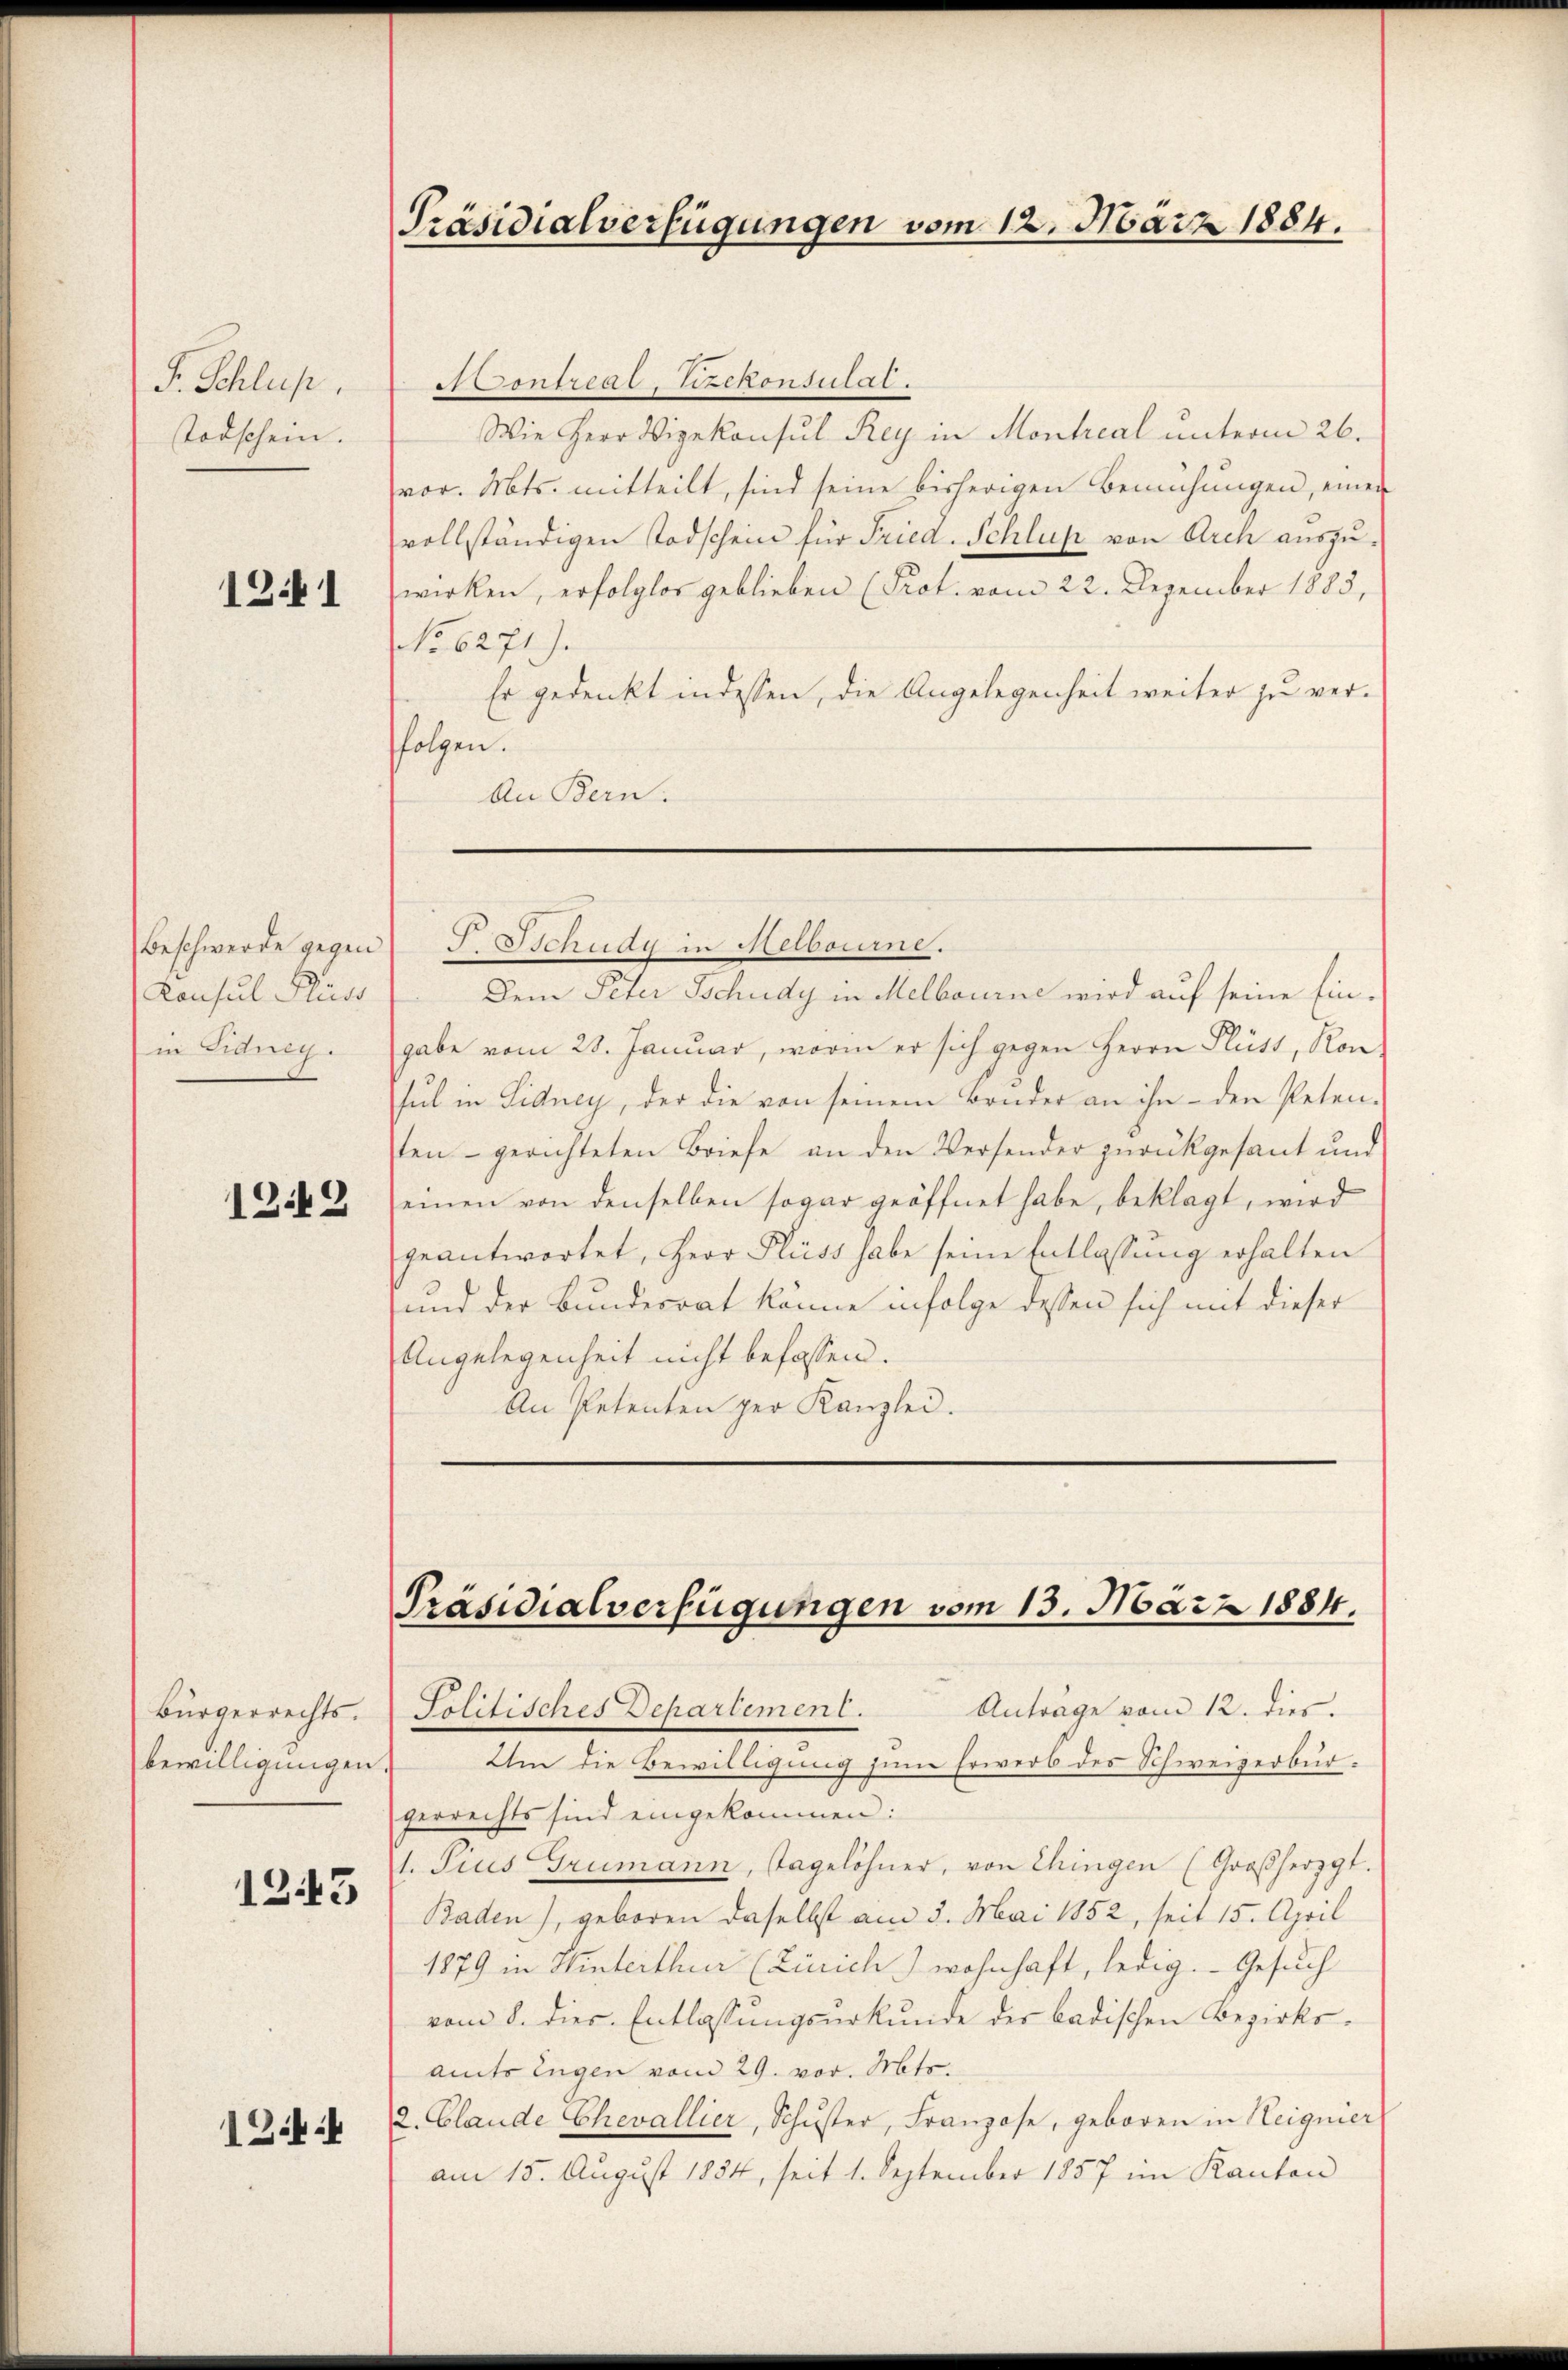
F. Schluß.
Todschein.

1341

Konsul Flüss
in Eidneg.

1249

Bürgerrechts.
bewilligungen

1243

1344

Präsidialverfügungen vom 12. März 1884.

Scontreae, Vizekonsulat
Wie Herr Vizekonsul Rey in Montreal unterm 26.
vor. Mts. mitteilt, sind seine bisherigen Bemühungen, einen
vollständigen Todschein für Fried. Schluß von Arch auszuwirken, erfolglos geblieben (Prot. vom 22. Dezember 1883,
No. 6271).
Er gedenkt indessen, die Angelegenheit weiter zu verfolgen.
An Bern.

Dem Peter Tschudy in Melbourne wird auf seine Eingabe vom 28. Januar, worin er sich gegen Herrn Fluss, Kon-
sul in Sidney, der die von seinem Bonder an ihn - den Peten-
sten - gerichteten Briefe an den Versender zurückgesant und
einen von denselben sogar geöffnet habe, beklagt, wird
geantwortet, Herr Fluss habe seine Entlassung erhalten
und der Bundesrat könne infolge dessen sich mit dieser
Angelegenheit nicht befassen.
An Petenten per Kanzlei.

Beschwerde gegen J. Schüdy in Melbourne.

Präsidialverfügungen vom 13. März 1884.

Solitisches Departement. Antrage vom 12. dies.
Um die Bewilligung zum Erwerb des Schweizerbürgerrechts sind eingekommen:
1. Pius Grumann, Tagelöhner, von Chingen (Großherzgt.
Baden), geboren daselbst am 3. Mai 1852, seit 15. April
1879 in Hinterthur (Zürich) wohnhaft, ledig. Gesuch
vom 8. dies Entlassungsurkunde der badischen Bezirksamts Eugen vom 29. vor. Mts.
2. Claude Chevallier, Schŭster, Franzose, geboren in Heignier
am 15. August 1834, seit 1. September 1857 im Kanton